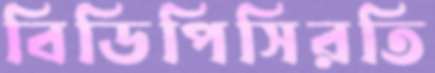
বিডিপিসিরতি